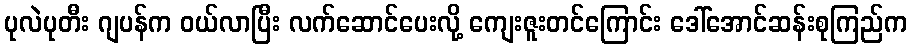
ပုလဲပုတီး ဂျပန်က ဝယ်လာပြီး လက်ဆောင်ပေးလို့ ကျေးဇူးတင်ကြောင်း ဒေါ်အောင်ဆန်းစုကြည်က